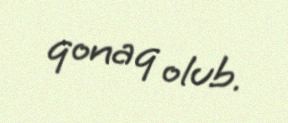
qonaq olub.